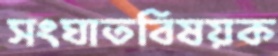
সংঘাতবিষয়ক